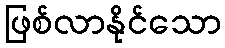
ဖြစ်လာနိုင်သော